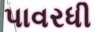
પાવરધી